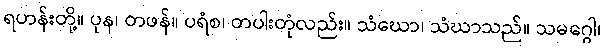
ရဟန်းတို့။ ပုန၊ တဖန်။ ပရံစ၊ တပါးတုံလည်း။ သံဃော၊ သံဃာသည်။ သမဂ္ဂေါ၊